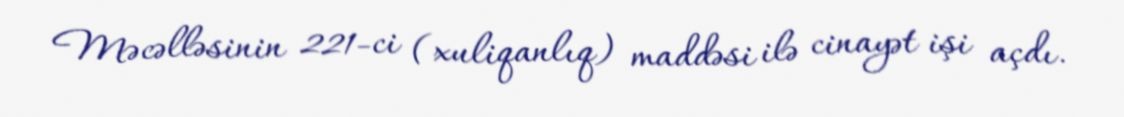
Məcəlləsinin 221-ci (xuliqanlıq) maddəsi ilə cinayət işi açdı.